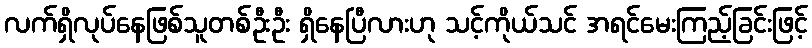
လက်ရှိလုပ်နေဖြစ်သူတစ်ဦးဦး ရှိနေပြီလားဟု သင့်ကိုယ်သင် အရင်မေးကြည့်ခြင်းဖြင့်